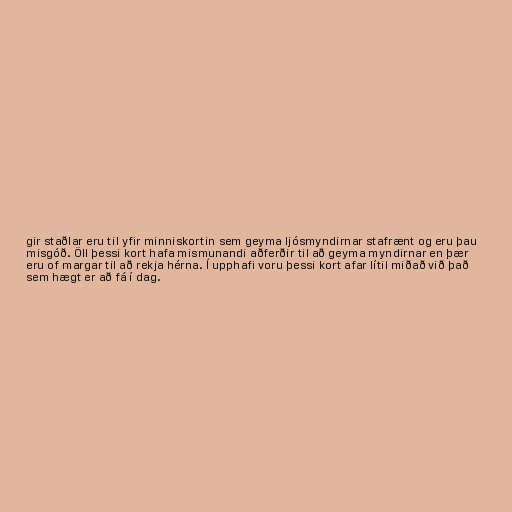
gir staðlar eru til yfir minniskortin sem geyma ljósmyndirnar stafrænt og eru þau
misgóð. Öll þessi kort hafa mismunandi aðferðir til að geyma myndirnar en þær
eru of margar til að rekja hérna. Í upphafi voru þessi kort afar lítil miðað við það
sem hægt er að fá í dag.